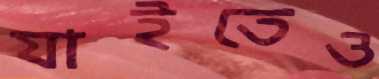
যাইতেও